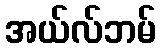
အယ်လ်ဘမ်